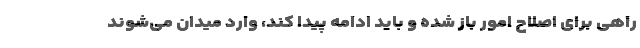
راهی برای اصلاح امور باز شده و باید ادامه پیدا کند، وارد میدان می‌شوند